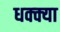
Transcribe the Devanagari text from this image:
धक्क्या